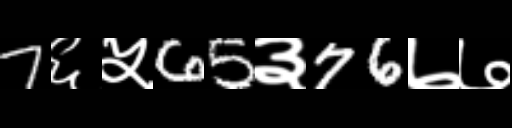
Text: 7६५65३76७७